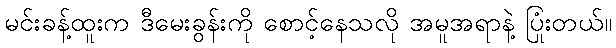
မင်းခန့်ထူးက ဒီမေးခွန်းကို စောင့်နေသလို အမူအရာနဲ့ ပြုံးတယ်။